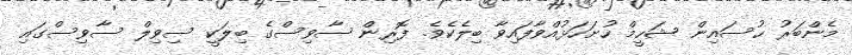
މެންބަރު ޙުސައިން ޝަހީމް ހުށަހަޅުއްވާފައިވާ ބިލެކެވެ. ފޮރިން ސާވިސްގެ ބިލަކީ ސިވިލް ސާވިސްގައި